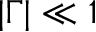
| \Gamma | \ll 1